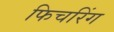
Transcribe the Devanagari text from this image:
फिचरिंग